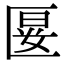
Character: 𭅝